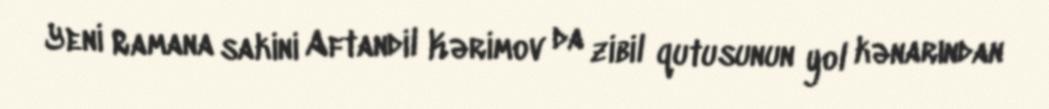
Yeni Ramana sakini Aftandil Kərimov da zibil qutusunun yol kənarından